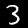
Digit: 3